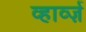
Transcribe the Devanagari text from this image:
व्हार्व्ज़